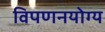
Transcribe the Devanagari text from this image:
विपणनयोग्य